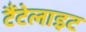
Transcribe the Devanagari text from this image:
टैंटेलाइट